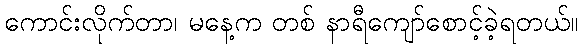
ကောင်းလိုက်တာ၊ မနေ့က တစ် နာရီကျော်စောင့်ခဲ့ရတယ်။